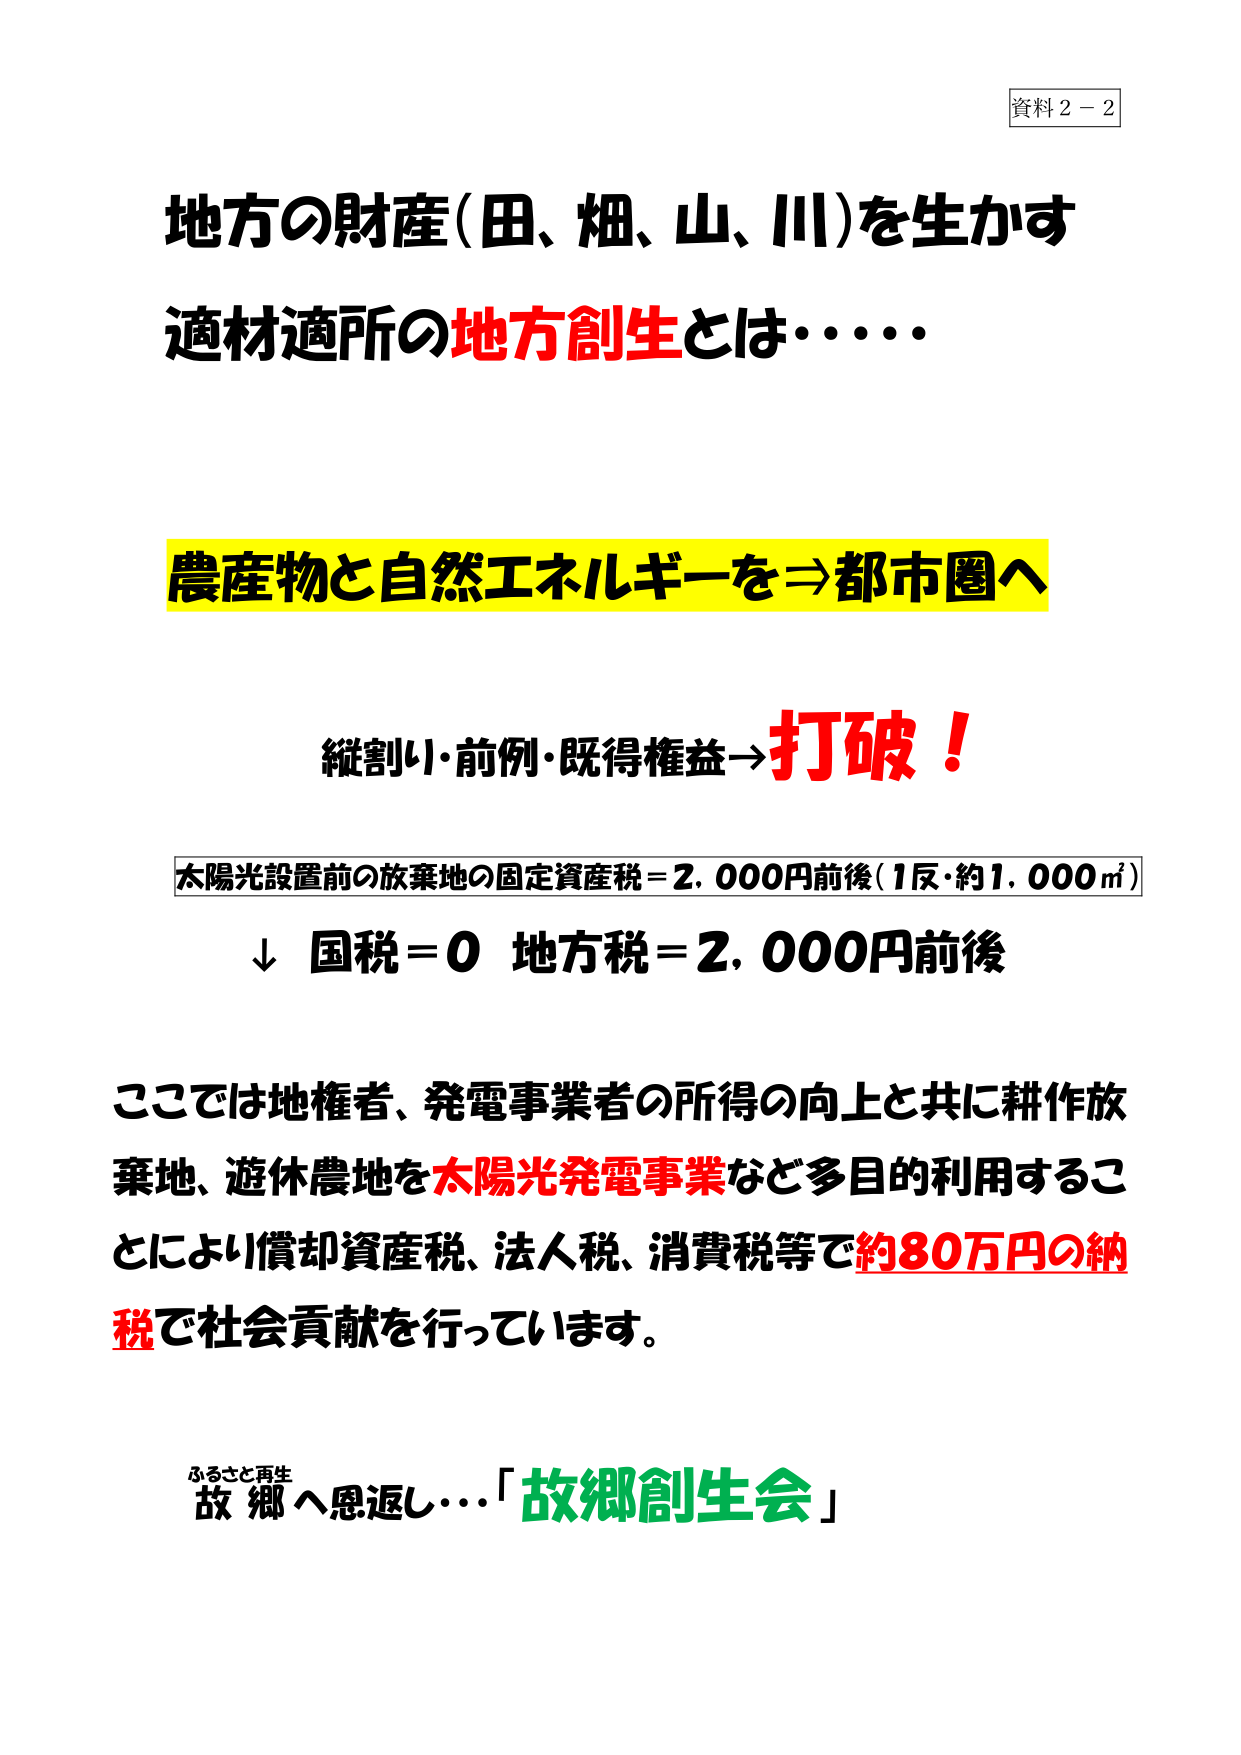
資料２－２

地方の財産（田、畑、山、川）を生かす
適材適所の地方創生とは・・・・

農産物と自然エネルギーを⇒都市圏へ

縦割り・前例・既得権益→打破！

太陽光設置前の放棄地の固定資産税＝2,000円前後（1反・約1,000㎡）
↓ 国税＝0 地方税＝2,000円前後

ここでは地権者、発電事業者の所得の向上と共に耕作放
棄地、遊休農地を太陽光発電事業など多目的利用するこ
とにより償却資産税、法人税、消費税等で約80万円の納
税で社会貢献を行っています。

ふるさと再生
故郷へ恩返し…「故郷創生会」